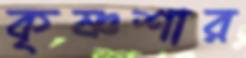
কৃষ্ণশার